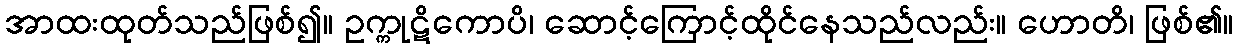
အာထးထုတ်သည်ဖြစ်၍။ ဥက္ကုဋိကောပိ၊ ဆောင့်ကြောင့်ထိုင်နေသည်လည်း။ ဟောတိ၊ ဖြစ်၏။